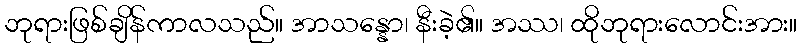
ဘုရားဖြစ်ချိန်ကာလသည်။ အာသန္နော၊ နီးခဲ့၏။ အဿ၊ ထိုဘုရားလောင်းအား။